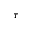
\tau